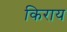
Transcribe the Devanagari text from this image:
किराय